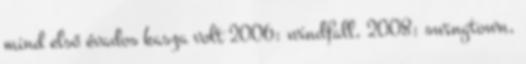
mind első évados kasza volt 2006: windfall, 2008: swingtown,